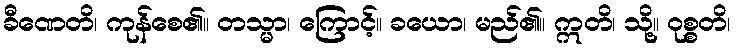
ခီဏေတိ၊ ကုန်စေ၏။ တသ္မာ၊ ကြောင့်။ ခယော၊ မည်၏။ ဣတိ၊ သို့။ ဝုစ္စတိ၊